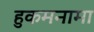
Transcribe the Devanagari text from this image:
हुकमनामा